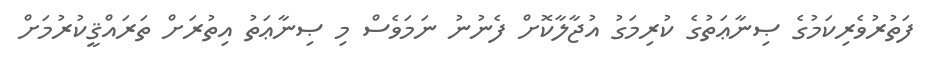
ފަތުރުވެރިކަމުގެ ޞިނާޢަތުގެ ކުރިމަގު އުޖާލާކޮށް ފެނުނު ނަމަވެސް މި ޞިނާޢަތު އިތުރަށް ތަރައްޤީކުރުމަށް